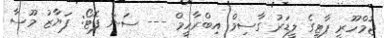
ޖުމްހޫރީ ޕާޓީގެ ލީޑަރު ގާސިމް އިބްރާހީމް --- ސަން ފޮޓޯ: ފަޔާޒު މޫސާ